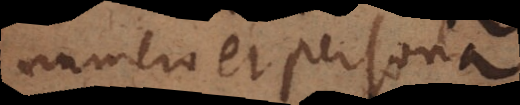
numero et persona.